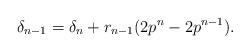
LaTeX: \begin{align*} \delta_{n-1} = \delta_n + r_{n-1}(2p^n-2p^{n-1}).\end{align*}